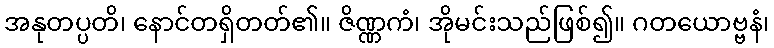
အနုတပ္ပတိ၊ နောင်တရှိတတ်၏။ ဇိဏ္ဏကံ၊ အိုမင်းသည်ဖြစ်၍။ ဂတယောဗ္ဗနံ၊